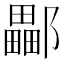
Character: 𨞽